Vaccination Hyderabad 1872-1889 - 1872-1889
Year: 1872
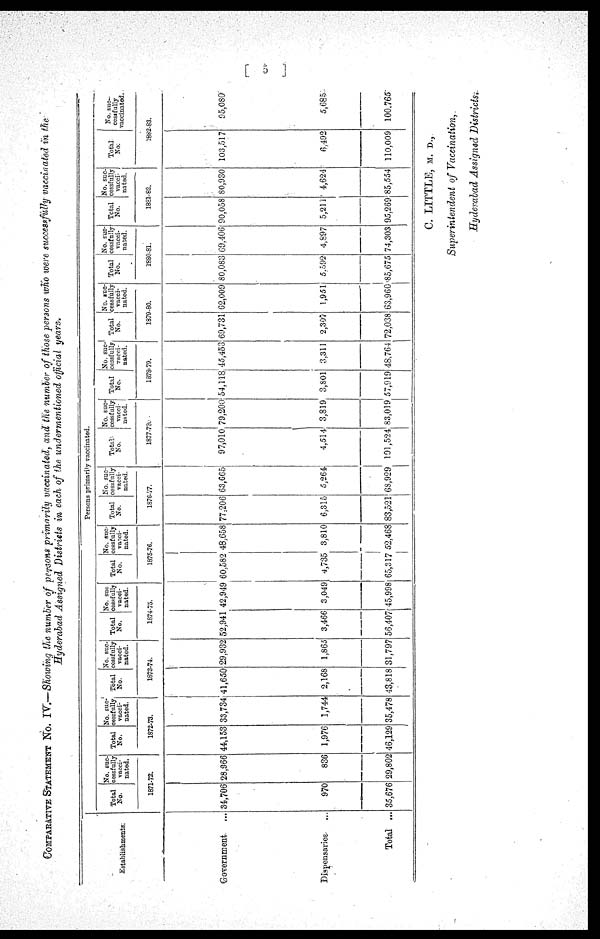
[ 5 ]
COMPARATIVE STATEMENT NO. IV.—Showing the number of persons primarily vaccinated, and the number of those persons who were successfully vaccinated in the
Hyderabad Assigned Districts in each of the undermentioned official years.
Establishments.
Government. ...
Dispensaries ...
Total ...
Persons primarily vaccinated.
Total
No.
No. suc-
cessfully
vacci-
nated.
1871-72.
34,706
970
35,676
28,966
836
29,802
Total
No.
No. suc-
cessfully
vacci-
nated.
1872-73.
44,153
1,976
46,129
33,734
1,744
35,478
Total
No.
No. suc-
cessfully
vacci-
nated.
1873-74.
41,650
2,168
43,818
29,932
1,865
31,797
Total
No.
No. suc-
cessfully
vacci-
nated.
1874-75.
52,941
3,466
56,407
42,949
3,049
45,998
Total
No.
No. suc-
cessfully
vacci-
nated.
1875-76.
60,582
4,735
65,317
48,658
3,810
52,468
Total
No.
No. suc-
cessfully
vacci-
nated.
1876-77.
77,206
6,315
83,521
63,665
5,264
68,929
Total-
No.
No. suc-
cessfully
vacci-
nated.
1877-78.
97,010
4,514
101,524
79,200
3,819
83,019
Total
No.
No. suc-
cessfully
vacci-
nated.
1878-79.
54,118
3,801
57,919
45,453
3,311
48,764
Total
No.
No. suc-
cessfully
vacci-
nated.
1879-80.
69,731
2,307
72,038
62,009
1,951
63,960
Total
No.
No. suc-
cessfully
vacci-
nated.
1880-81
80,083
5,592
85,675
69,406
4,897
74,303
Total
No.
No. suc-
cessfully
vacci-
nated.
1881-82.
90,058
5,211
95,269
80,930
4,624
85,554
Total.
No.
No. suc-
cessfully
vaccinated.
1882-83.
103,517
6,492
110,009
95,080
5,685
100,765
C. LITTLE, M. D.,
Superintendent of Vaccination,.
Hyderabad Assigned Districts.